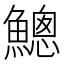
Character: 𲌿